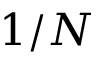
1 / N